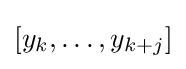
[y_{k},\ldots ,y_{k+j}]